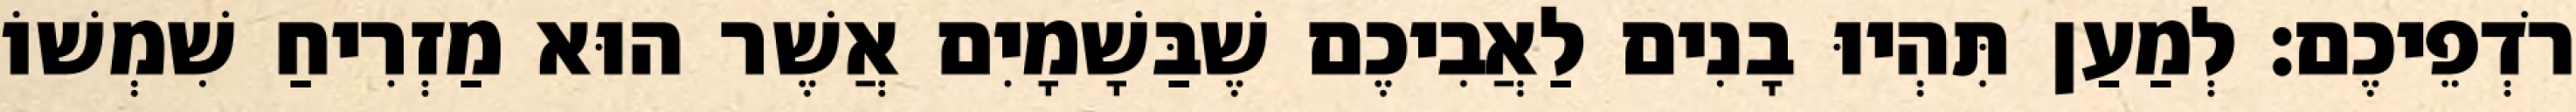
רֹדְפֵיכֶם׃ לְמַעַן תִּהְיוּ בָנִים לַאֲבִיכֶם שֶׁבַּשָׁמָיִם אֲשֶׁר הוּא מַזְרִיחַ שִׁמְשׁוֹ